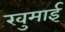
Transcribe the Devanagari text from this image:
खुमाई